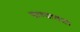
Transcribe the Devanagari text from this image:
पाण्यातला